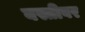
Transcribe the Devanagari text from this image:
बस्तीवर